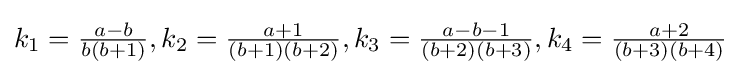
k_{1}={\tfrac {a-b}{b(b+1)}},k_{2}={\tfrac {a+1}{(b+1)(b+2)}},k_{3}={\tfrac {a-b-1}{(b+2)(b+3)}},k_{4}={\tfrac {a+2}{(b+3)(b+4)}}